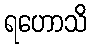
ရဟောသိ